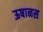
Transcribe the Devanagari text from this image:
ऊषानस